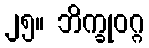
၂၅။ ဘိက္ခုဝဂ္ဂ